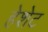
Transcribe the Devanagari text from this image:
हेशेट